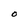
Character: O